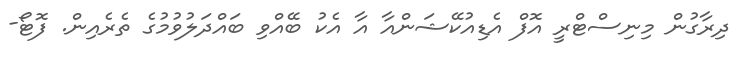
ދިރާގުން މިނިސްޓްރީ އޮފް އެޑިއުކޭޝަންއާ އާ އެކު ބޭއްވި ބައްދަލުވުމުގެ ތެރެއިން. ފޮޓޯ-